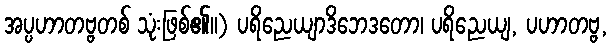
အပ္ပဟာတဗ္ဗတစ် သုံးဖြစ်၏။) ပရိညေယျာဒိဘေဒတော၊ ပရိညေယျ, ပဟာတဗ္ဗ,